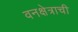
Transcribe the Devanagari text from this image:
वनक्षेत्राची